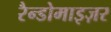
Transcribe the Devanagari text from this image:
रैन्डोमाइज़र